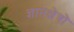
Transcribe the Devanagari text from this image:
ज्ञानक्षेत्रों